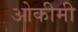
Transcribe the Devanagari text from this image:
ओकीमी